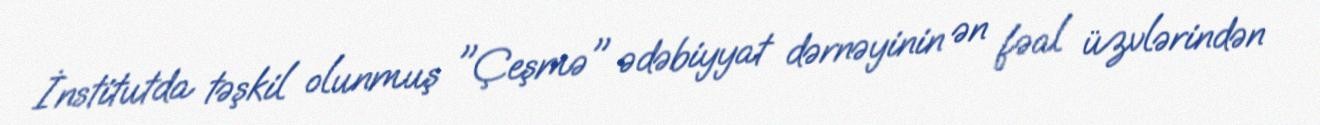
İnstitutda təşkil olunmuş "Çeşmə" ədəbiyyat dərnəyinin ən fəal üzvlərindən